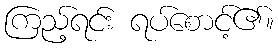
ကြည့်ရင်း ရပ်စောင့်၏။